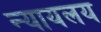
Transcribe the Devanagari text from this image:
न्‍यायलय